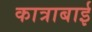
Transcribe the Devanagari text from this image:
कात्राबाई